Scottish Leaving Certificate Examination, 1959
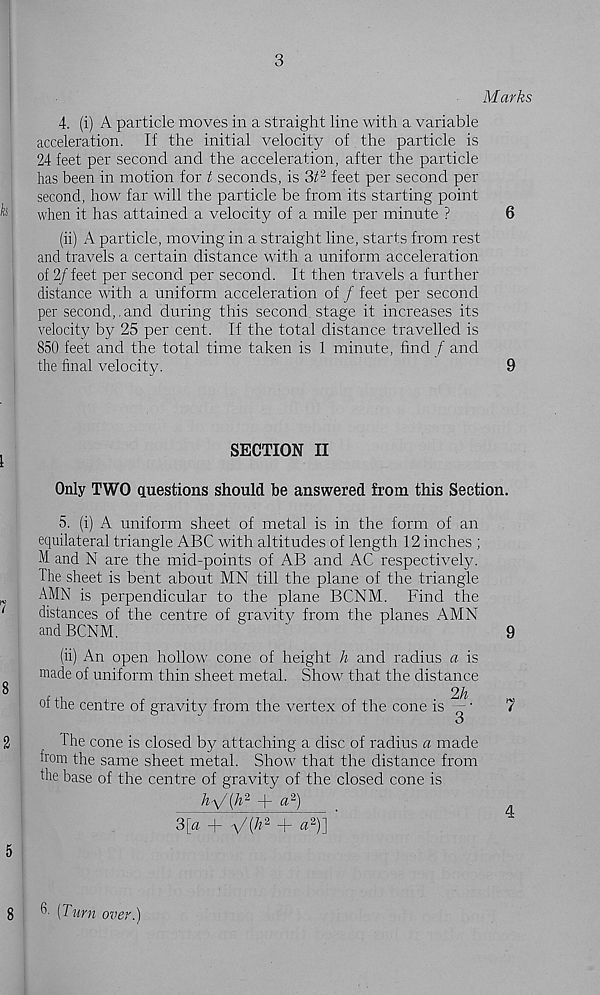
3
Marks
4, (i) A particle moves in a straight line with a variable
acceleration. If the initial velocity of the particle is
24 feet per second and the acceleration, after the particle
has been in motion for t seconds, is 3i 2 feet per second per
second, how far will the particle be from its starting point
when it has attained a velocity of a mile per minute ?
6
(ii) A particle, moving in a straight line, starts from rest
and travels a certain distance with a uniform acceleration
of 2/feet per second per second. It then travels a further
distance with a uniform acceleration of / feet per second
per secondhand during this second stage it increases its
velocity by 25 per cent. If the total distance travelled is
850 feet and the total time taken is 1 minute, find f and
the final velocity.
9
SECTION II
Only TWO questions should be answered from this Section.
5. (i) A uniform sheet of metal is in the form of an
equilateral triangle ABC with altitudes of length 12 inches ;
M and N are the mid-points of AB and AC respectively.
The sheet is bent about MN till the plane of the triangle
AMN is perpendicular to the plane BCNM. Find the
distances of the centre of gravity from the planes AMN
and BCNM.
'
9
(ii) An open hollow cone of height h and radius a is
made of uniform thin sheet metal. Show that the distance
2h
of the centre of gravity from the vertex of the cone is - ■
7
o
The cone is closed by attaching a disc of radius a made
from the same sheet metal. Show that the distance from
the base of the centre of gravity of the closed cone is
AV(A 2 + a 2 )
3[a
'x/{k 2 -\- <? 2 )]
4
h [Turn over.)